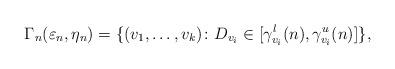
LaTeX: \begin{align*}\Gamma_n(\varepsilon_n,\eta_n) = \{(v_1,\dots,v_k)\colon D_{v_i}\in[\gamma_{v_i}^l(n),\gamma_{v_i}^u(n)] \},\end{align*}